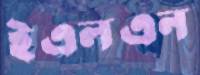
ইএলএন